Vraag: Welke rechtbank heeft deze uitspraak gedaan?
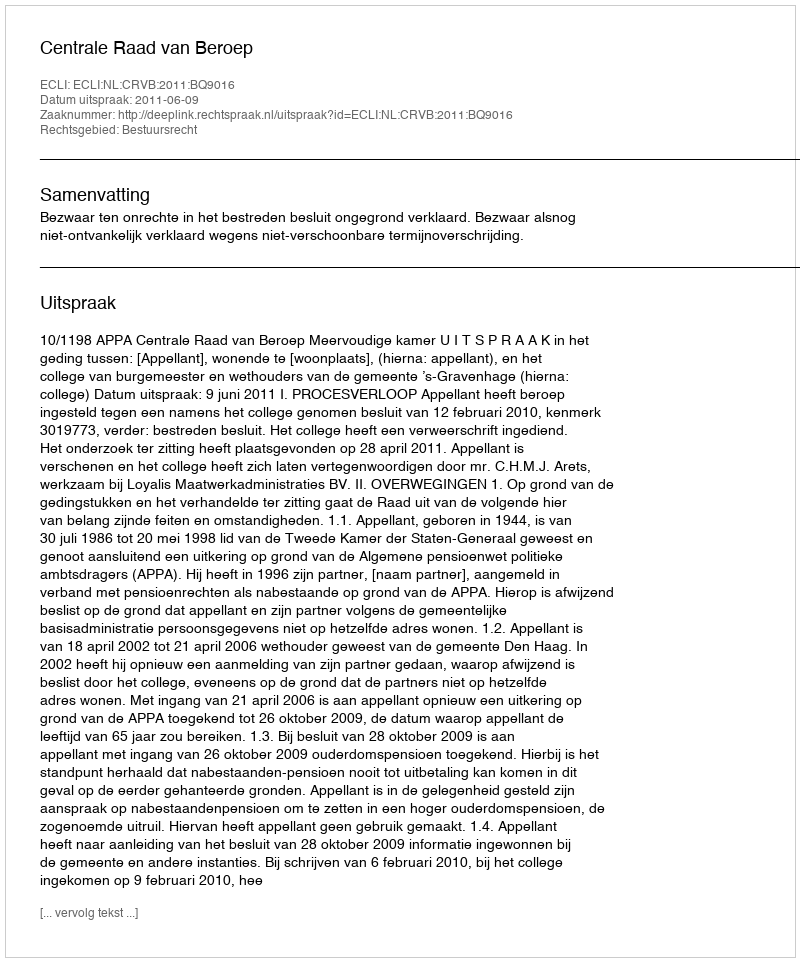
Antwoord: Centrale Raad van Beroep